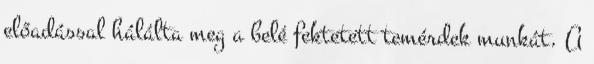
előadással hálálta meg a belé fektetett temérdek munkát. A